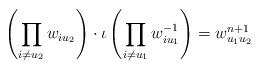
LaTeX: \begin{align*}\left(\prod_{i \neq u_2} w_{i u_2}\right) \cdot \iota\left(\prod_{i \neq u_1} w_{i u_1}^{-1}\right) =w_{u_1 u_2}^{n+1}\end{align*}